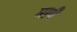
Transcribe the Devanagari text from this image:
माथै